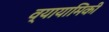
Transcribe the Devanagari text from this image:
व्यायामिकी